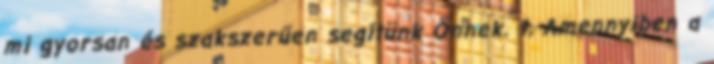
mi gyorsan és szakszerűen segítünk Önnek. 1, Amennyiben a